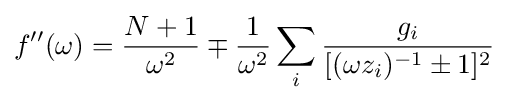
f''(\omega )={\frac {N+1}{\omega ^{2}}}\mp {\frac {1}{\omega ^{2}}}\sum _{i}{\frac {g_{i}}{[(\omega z_{i})^{-1}\pm 1]^{2}}}